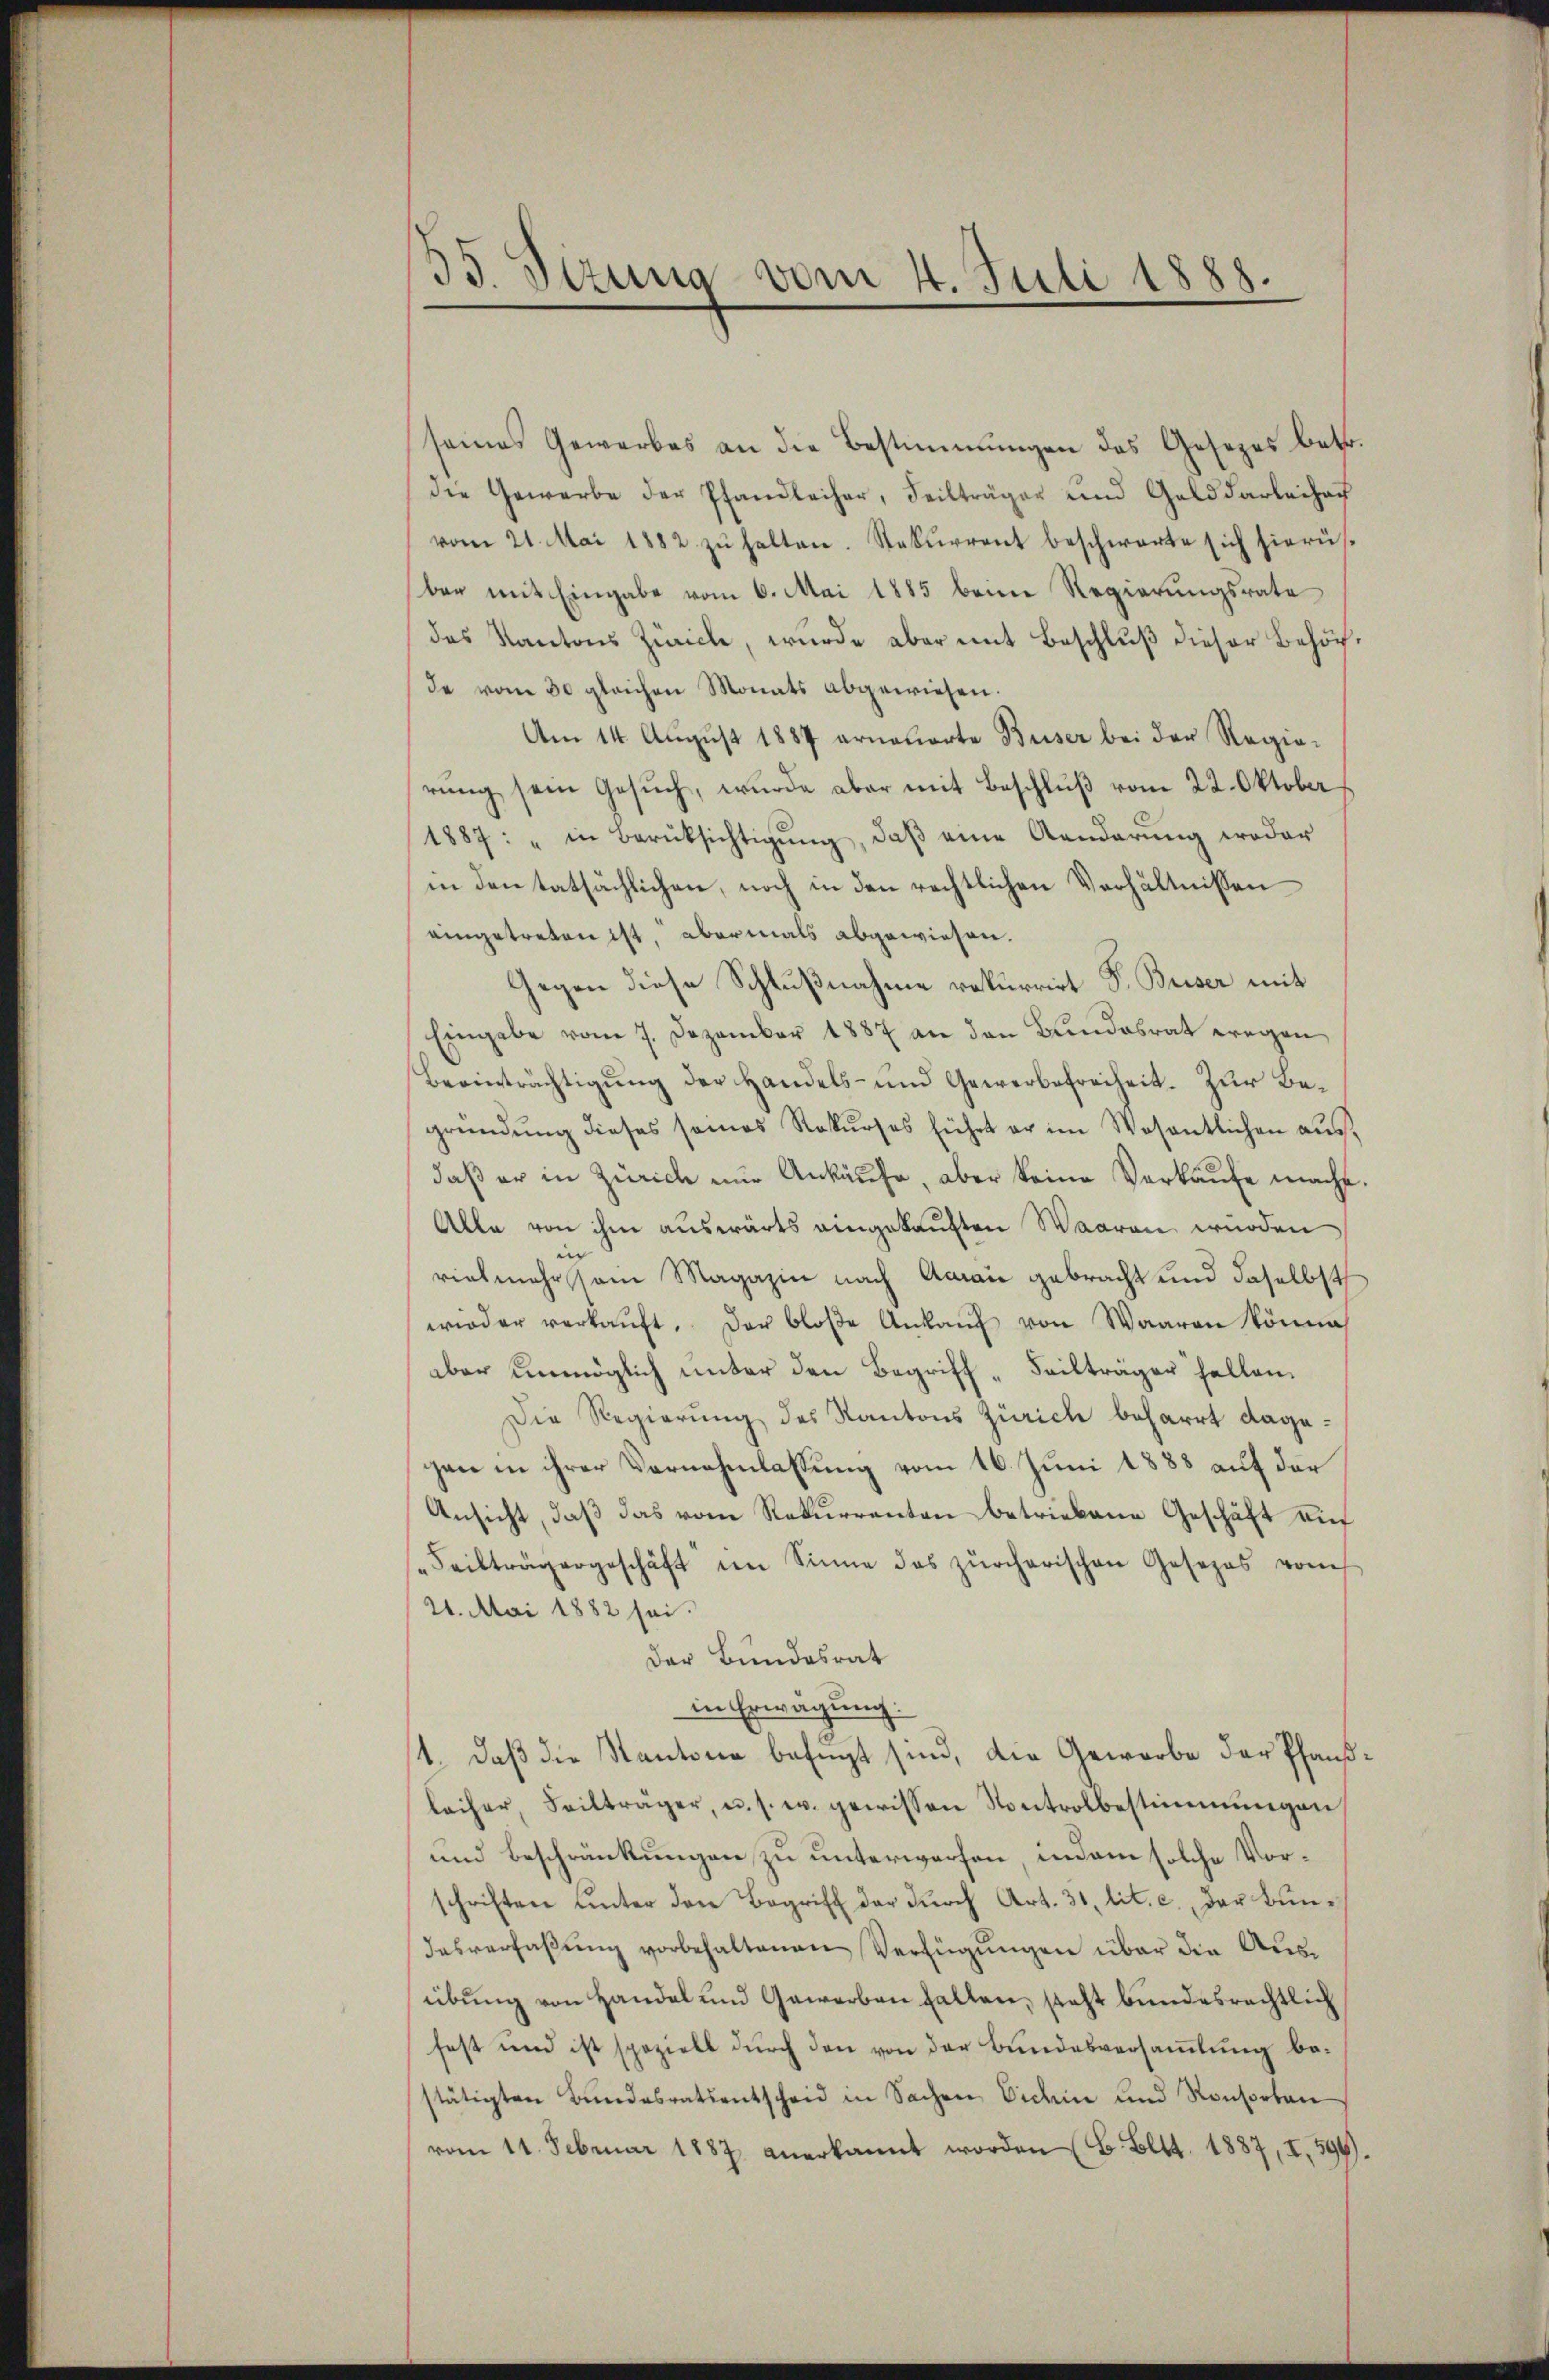
35. Sizung vom 4. Juli 1888.

seines Gewerbes an die Bestimmungen des Gesetzes betr.
die Gewerbe der Pfandleiher, Feilträger und Gelddarleihaf
vom 21. Mai 1882 zŭ halten. Rekurrent beschwerte sich hierü-
bar mit Eingabe vom 6. Mai 1885 beim Regierungsrate
das Kantons Zürich, wurde aber mit Beschluß dieser Behörde vom 30 gleichen Monats abgewiesen.
Am 14. Aŭgŭst 1887 erneuerte Buser bei der Regie-
rŭng sein Gesŭch, wurde aber mit Beschlŭβ vom 22. Oktober
1887: "in Berüksichtigŭng, daβ eine Aenderŭng weder
in den tatsächlichen, noch in den rechtlichen Verhältnissen
eingetreten ist, abermals abgewiesen.
Gegen diese Schlußnahme rekurrirt P. Buser mit
Eingabe vom 7. Dezember 1887 an den Bundesrat wegen
Beeinträchtigung der Handels- und Gewerbefreiheit. Zur Begründŭng dieses seines Rekŭrses führt er im Wesentlichen ausdaß er in Zürich nur Ankäufe, aber keine Verkaufe macht.
Alle von ihm auswärts eingekauften Waaren würden
vielmehr schon Magazin nach Amai gebracht und daselbst
wieder verkaŭft. Der bloße Ankaŭf von Waaren könne
aber unmöglich unter den Begriff-Feilträger hellen.
Die Regierung des Kantons Zürich beharrt dagegen in ihrer Vernehmlassung vom 16. Juni 1883 auf der
Ansicht, daß das vom Rekurrenten betriebene Geschäft auf
Feiträgergeschäft im Sinne das zürcherischen Gesezes vom
21. Mai 1882 sei.
Der Bundesrat
in Erwägung:
1. daß die Kantone befugt sind, die Gewerbe der Pfaußleiher, Failträger, u. s. w. gewissen Kontrolbestimmungen
und Beschränkungen zu unterwerfen, indem solche Vorschriften unter den Begriff der durch Art. 31, lit. c., der Bun¬
Tasverfaßung vorbehaltenen Verfügungen über die Ausübŭng von Handel und Gewerben halten, steht bundesrechtlich
fest und ist speziell durch den von der Bundesversammlung bestätigten Bŭndesratsentscheid in Sachen Videm und Konsorten
vom 11. Februar 1887 anerkannt worden (B. Bett. 1887, I, 594.